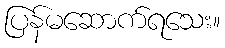
ပြန်မဆောက်ရသေး။